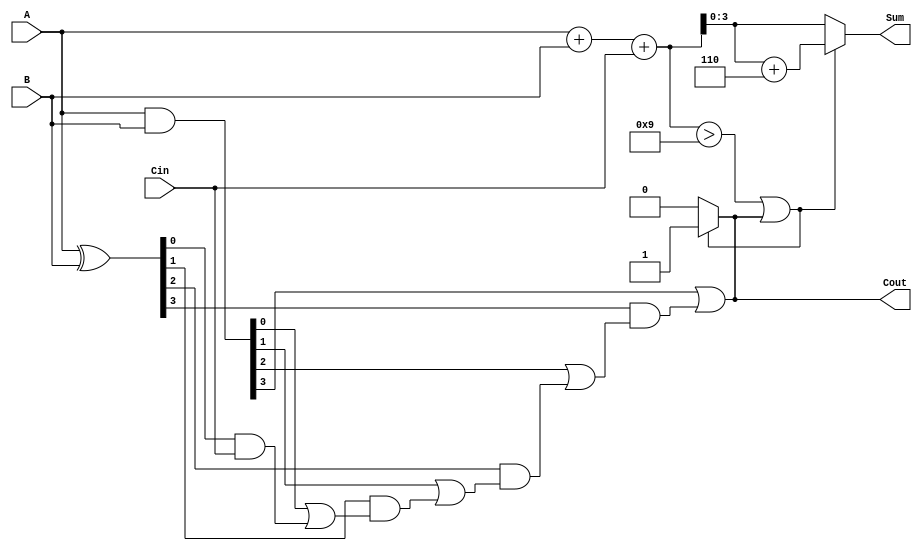
module BCD_Carry_Lookahead_Adder (
    input  [3:0] A,        // 4-bit BCD input A
    input  [3:0] B,        // 4-bit BCD input B
    input        Cin,       // Carry-in
    output reg [3:0] Sum,   // 4-bit Sum output
    output reg Cout         // Carry-out
);

    // Intermediate signals
    wire [4:0] raw_sum;        // 5-bit to hold sum (includes carry)
    wire [3:0] G, P;           // Generate and Propagate signals
    wire C1, C2, C3;           // Carry signals

    // Calculate the raw sum
    assign raw_sum = A + B + Cin;

    // Generate and Propagate signals
    assign G = A & B;                       // Generate signals
    assign P = A ^ B;                       // Propagate signals

    // Carry Lookahead logic
    assign C1 = G[0] | (P[0] & Cin);        // C1 calculation
    assign C2 = G[1] | (P[1] & C1);         // C2 calculation
    assign C3 = G[2] | (P[2] & C2);         // C3 calculation
    assign Cout = G[3] | (P[3] & C3);       // Final carry out

    // BCD Correction Logic
    always @(*) begin
        if (raw_sum > 9 || Cout) begin
            Sum = raw_sum + 4'b0110; // Add 6 for BCD correction
            Cout = 1;                // Set carry out if correction is applied
        end else begin
            Sum = raw_sum[3:0];      // No correction needed
            Cout = 0;                // No carry out
        end
    end

endmodule